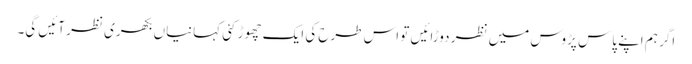
اگر ہم اپنے پاس پڑوس میں نظر دوڑائیں تو اس طرح کی ایک چھوڑ کئی کہانیاں بکھری نظر آئیں گی۔